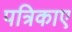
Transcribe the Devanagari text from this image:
पत्रिकाए